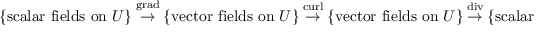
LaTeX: \{ { \mathrm { s c a l a r ~ f i e l d s ~ o n ~ } } U \} ~ { \overset { \operatorname { g r a d } } { \rightarrow } } ~ \{ { \mathrm { v e c t o r ~ f i e l d s ~ o n ~ } } U \} ~ { \overset { \operatorname { c u r l } } { \rightarrow } } ~ \{ { \mathrm { v e c t o r ~ f i e l d s ~ o n ~ } } U \} ~ { \overset { \operatorname { d i v } } { \rightarrow } } ~ \{ { \mathrm { s c a l a r ~ f i e l d s ~ o n ~ } } U \}